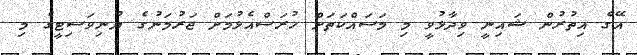
އޭގެ އިތުރުން ޝައިނީ ވިދާޅުވީ މި މަސައްކަތަށް ހުރަސްއެޅުމަށް ޖަރުމަނުގެ ޔުނިވަސިޓީގެ މި